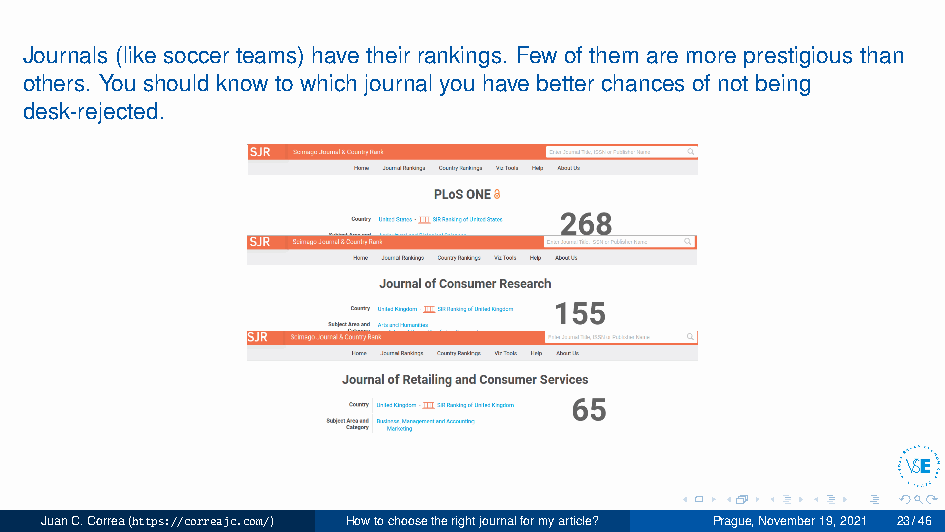
Journals (like soccer teams) have their rankings. Few of them are more prestigious than
 others. You should know to which journal you have better chances of not being
 desk-rejected.
 JuanC.Correa(https://correajc.com/) Howtochoosetherightjournalformyarticle? Prague,November19,2021 23/46